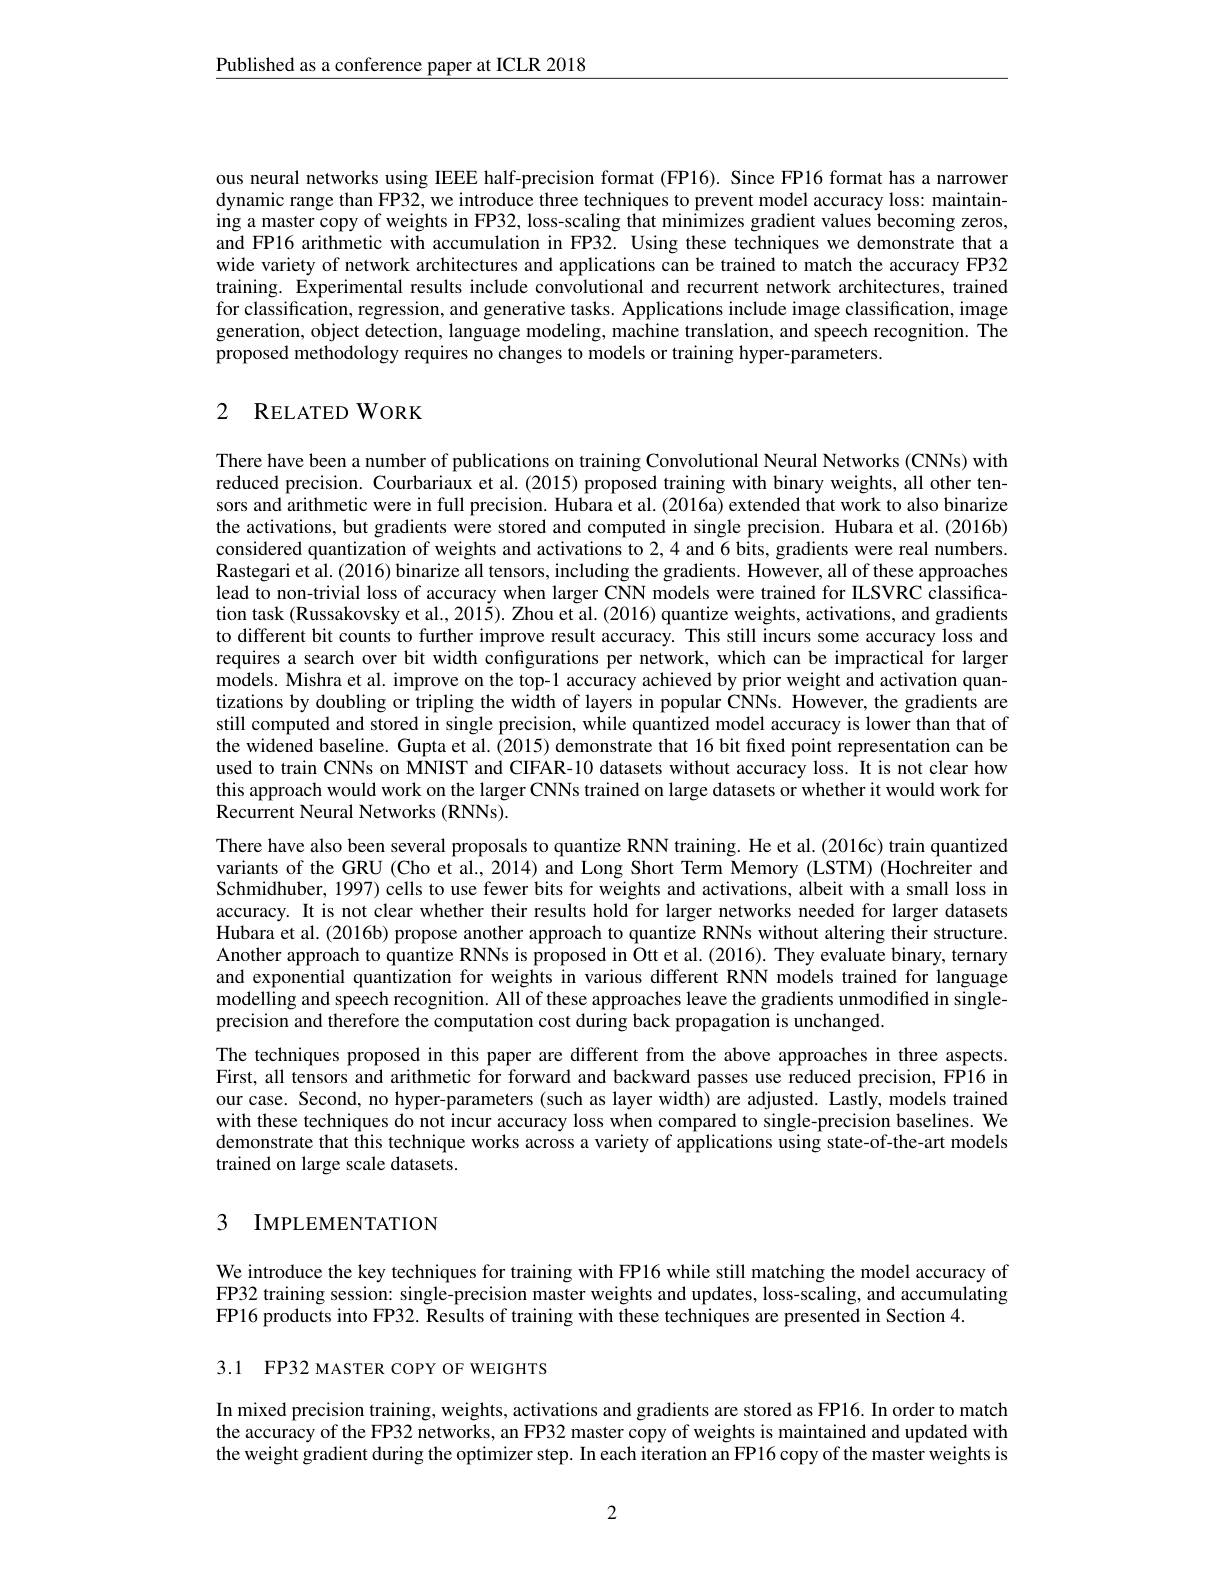
$\underline{\text{Published as a conference paper at ICLR 2018}}$

ous neural networks using IEEE half-precision format (FP16). Since FP16 format has a narrower dynamic range than FP32, we introduce three techniques to prevent model accuracy loss: maintaining a master copy of weights in FP32, loss-scaling that minimizes gradient values becoming zeros, and FP16 arithmetic with accumulation in FP32. Using these techniques we demonstrate that a wide variety of network architectures and applications can be trained to match the accuracy FP32 training. Experimental results include convolutional and recurrent network architectures, trained for classification, regression, and generative tasks. Applications include image classification, image generation, object detection, language modeling, machine translation, and speech recognition. The proposed methodology requires no changes to models or training hyper-parameters.

## 2 RELATEDWORK

There have been a number of publications on training Convolutional Neural Networks (CNNs) with reduced precision. Courbariaux et al. (2015) proposed training with binary weights, all other tensors and arithmetic were in full precision. Hubara et al. (2016a) extended that work to also binarize the activations, but gradients were stored and computed in single precision. Hubara et al.(2016b) considered quantization of weights and activations to 2,4 and 6 bits, gradients were real numbers. Rastegari et al. (2016) binarize all tensors, including the gradients. However, all of these approaches lead to non-trivial loss of accuracy when larger CNN models were trained for ILSVRC classification task (Russakovsky et al., 2015). Zhou et al. (2016) quantize weights, activations, and gradients to different bit counts to further improve result accuracy. This still incurs some accuracy loss and requires a search over bit width configurations per network, which can be impractical for larger models. Mishra et al. improve on the top-1 accuracy achieved by prior weight and activation quantizations by doubling or tripling the width of layers in popular CNNs. However, the gradients are still computed and stored in single precision, while quantized model accuracy is lower than that of the widened baseline. Gupta et al. (2015) demonstrate that 16 bit fixed point representation can be used to train CNNs on MNIST and CIFAR-10 datasets without accuracy loss. It is not clear how this approach would work on the larger CNNs trained on large datasets or whether it would work for Recurrent Neural Networks (RNNs).

There have also been several proposals to quantize RNN training. He et al.(2016c) train quantized variants of the GRU (Cho et al., 2014) and Long Short Term Memory (LSTM) (Hochreiter and Schmidhuber, 1997) cells to use fewer bits for weights and activations, albeit with a small loss in accuracy. It is not clear whether their results hold for larger networks needed for larger datasets Hubara et al. (2016b) propose another approach to quantize RNNs without altering their structure. Another approach to quantize RNNs is proposed in Ott et al. (2016). They evaluate binary, ternary and exponential quantization for weights in various different RNN models trained for language modelling and speech recognition. All of these approaches leave the gradients unmodified in singleprecision and therefore the computation cost during back propagation is unchanged.
The techniques proposed in this paper are different from the above approaches in three aspects. First, all tensors and arithmetic for forward and backward passes use reduced precision, FP16 in our case. Second, no hyper-parameters (such as layer width) are adjusted. Lastly, models trained with these techniques do not incur accuracy loss when compared to single-precision baselines. We demonstrate that this technique works across a variety of applications using state-of-the-art models trained on large scale datasets.

## 3 IMPLEMENTATION

We introduce the key techniques for training with FP16 while still matching the model accuracy of FP32 training session: single-precision master weights and updates, loss-scaling, and accumulating FP16 products into FP32. Results of training with these techniques are presented in Section 4.

3.1 FP32 MASTER COPY OF WEIGHTS

In mixed precision training, weights, activations and gradients are stored as FP16. In order to match the accuracy of the FP32 networks, an FP32 master copy of weights is maintained and updated with the weight gradient during the optimizer step. In each iteration an FP16 copy of the master weights is

2